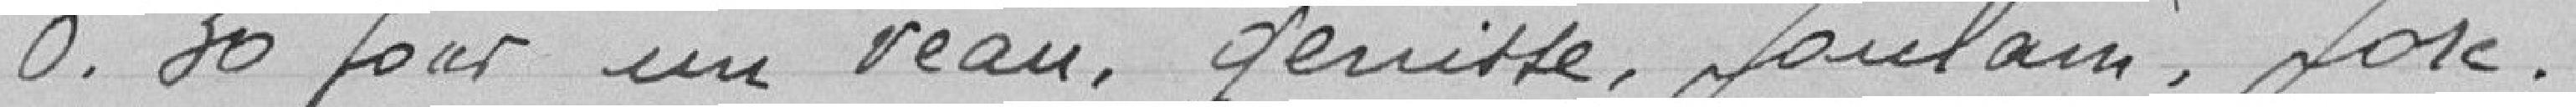
0.30 pour un veau, génisse, poulain, porc.